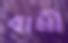
বামী